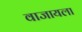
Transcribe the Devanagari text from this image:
वाजायला